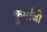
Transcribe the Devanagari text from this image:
कुर्मांजी